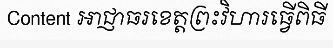
Content អាជ្ញាធរខេត្តព្រះវិហារធ្វើពិធី